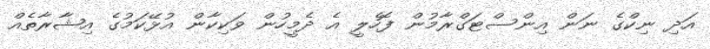
އަދި ނިކްގެ ނަން އިންސްޓަގްރާމުން ފޮހެލީ އެ ދެމީހުން ވަކިކާން އުޅޭކަމުގެ އިޝާރާތެއް